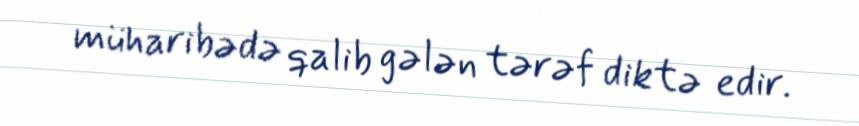
müharibədə qalib gələn tərəf diktə edir.